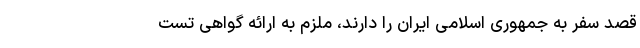
قصد سفر به جمهوری اسلامی ایران را دارند، ملزم به ارائه گواهی تست